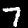
Label: 7